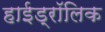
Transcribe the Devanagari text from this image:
हाईड्रॉलिक